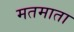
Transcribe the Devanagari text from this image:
मतमाता